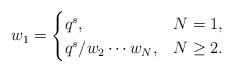
LaTeX: \begin{align*}w_1=\begin{cases}q^s,& N=1,\\q^{s}/w_2\cdots w_N,& N\ge 2.\end{cases}\end{align*}